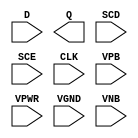
module sky130_fd_sc_hvl__sdfxtp (
    //# {{data|Data Signals}}
    input  D   ,
    output Q   ,

    //# {{scanchain|Scan Chain}}
    input  SCD ,
    input  SCE ,

    //# {{clocks|Clocking}}
    input  CLK ,

    //# {{power|Power}}
    input  VPB ,
    input  VPWR,
    input  VGND,
    input  VNB
);
endmodule